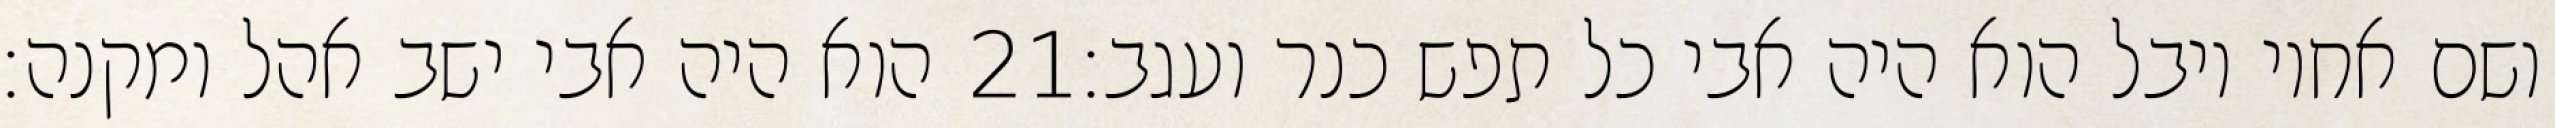
הוא היה אבי ישב אהל ומקנה׃ ‎21‏ ושם אחיו יובל הוא היה אבי כל תפש כנר ועגב׃